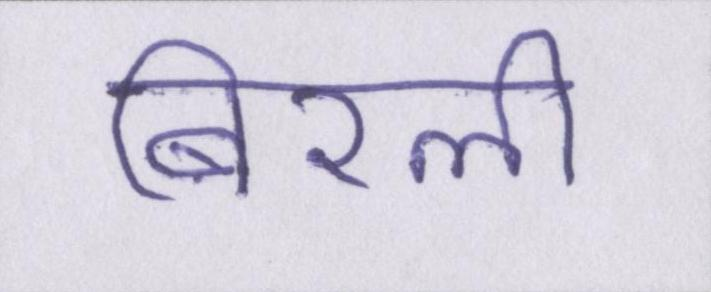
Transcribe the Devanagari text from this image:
बिरली